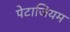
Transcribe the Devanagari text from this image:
पेटाजियम